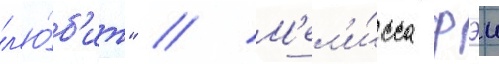
л'ю́б'ит" // М'ел'и́сса фэи